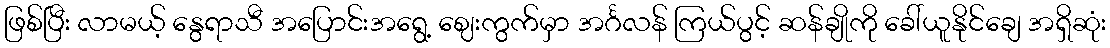
ဖြစ်ပြီး လာမယ့် နွေရာသီ အပြောင်းအရွေ့ ဈေးကွက်မှာ အင်္ဂလန် ကြယ်ပွင့် ဆန်ချိုကို ခေါ်ယူနိုင်ချေ အရှိဆုံး